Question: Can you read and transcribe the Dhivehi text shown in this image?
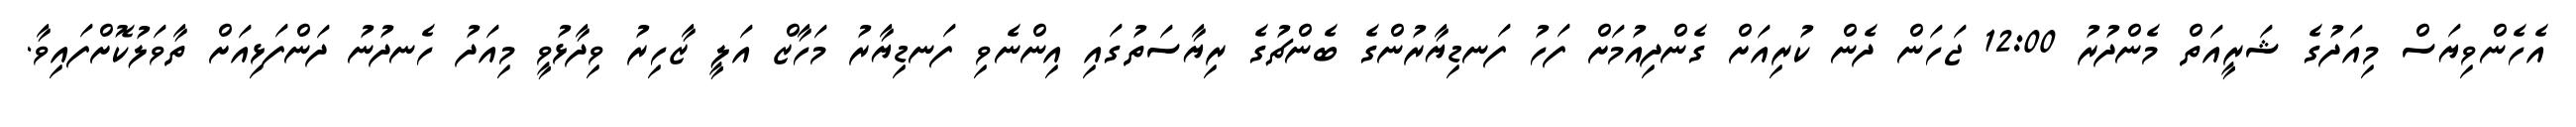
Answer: އެހެންވިޔަސް މިއަދުގެ ޝަރީއަތް މެންދުރު 12:00 ޖަހަން ދެން ކުރިއަށް ގެންދިއުމަށް ފަހު ފަނޑިޔާރުންގެ ބެންޗުގެ ރިޔާސަތުގައި އިންނެވި ފަނޑިޔާރު މަހާޒް އަލީ ޒާހިރު ވިދާޅުވީ މިއަދު ހެނދުނު ދަންފަޅިއަށް ތާވަލުކޮށްފައިވާ.